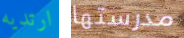
ارتديه مدرستها